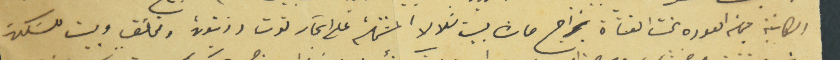
الكائنة في العودة تحت القناة بخراج حاش بيت شلالا المشتملة على اشجار توت وزيتون ومختلف وبيت للسَكن